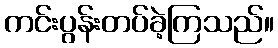
ကင်းပွန်းတပ်ခဲ့ကြသည်။